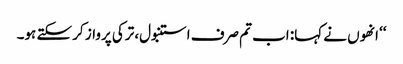
‘‘ انھوں نے کہا: اب تم صرف استنبول، ترکی پرواز کر سکتے ہو۔